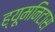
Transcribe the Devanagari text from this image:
ह्यूमनिटास